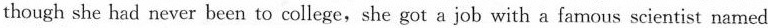
though she had never been to college,she got a job with a famous scientist named